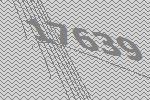
17639